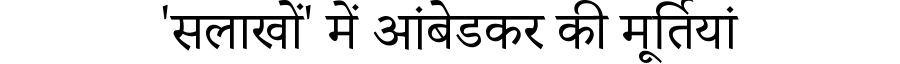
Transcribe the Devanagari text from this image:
'सलाखों' में आंबेडकर की मूर्तियां